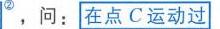
\textcircled{2}，问：在点\(C\)运动过